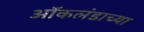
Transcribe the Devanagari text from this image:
ऑकलंडाच्या